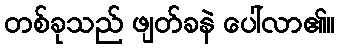
တစ်ခုသည် ဖျတ်ခနဲ ပေါ်လာ၏။